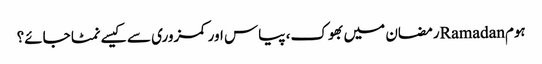
ہومRamadanرمضان میں بھوک، پیاس اور کمزوری سے کیسے نمٹا جائے؟